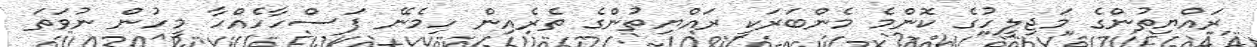
ރައްޔިތުންގެ މަޖިލީހުގެ ކޮންމެ މެންބަރަކީ ރައްޔިތުންގެ ތެރެއިން ހިމެނޭ ފަސްހާހެއްހާ މީހުން ނުވަތަ